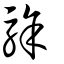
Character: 駼